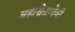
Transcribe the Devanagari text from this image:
महाश्वेतादेवी